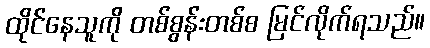
ထိုင်နေသူကို တစ်စွန်းတစ်စ မြင်လိုက်ရသည်။